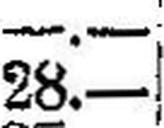
28.—